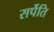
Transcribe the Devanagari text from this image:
सर्पेति